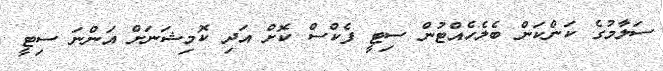
ސަލާމުގެ ކަންކަން ބެލެހެއްޓުން ސިޓީ ފެކްސް ކޮށް އަދި ކޮމިޝަނަށް އަންނަ ސިޓީ